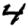
Digit: 4